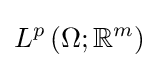
L^{p}\left(\Omega ;\mathbb {R} ^{m}\right)